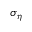
\sigma _ { \eta }